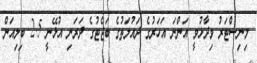
މިނިސްޓަރު ވިދާޅުވީ އަންނަ އަހަރުގެ ދައުލަތުގެ ބަޖެޓުގެ ދަރަނި އުޅޭނީ 2.5 ބިލިއަން